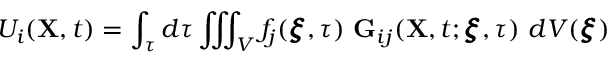
U _ { i } ( \mathbf { X } , t ) = \int _ { \tau } d \tau \iiint _ { V } f _ { j } ( \pmb { \xi } , \tau ) ~ \mathbf { G } _ { i j } ( \mathbf { X } , t ; \pmb { \xi } , \tau ) ~ d V ( \pmb { \xi } )